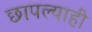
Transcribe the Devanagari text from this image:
छापल्याही